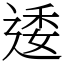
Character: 逶